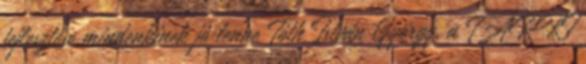
fejlesztése mindenkinek jó lenne Tóth István György, a TÁRKI